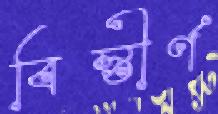
বিস্তীর্ণ